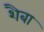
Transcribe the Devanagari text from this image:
शैबा